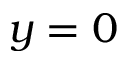
y = 0